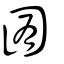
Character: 囿